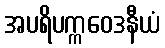
အပရိပက္ကဝေဒနီယံ